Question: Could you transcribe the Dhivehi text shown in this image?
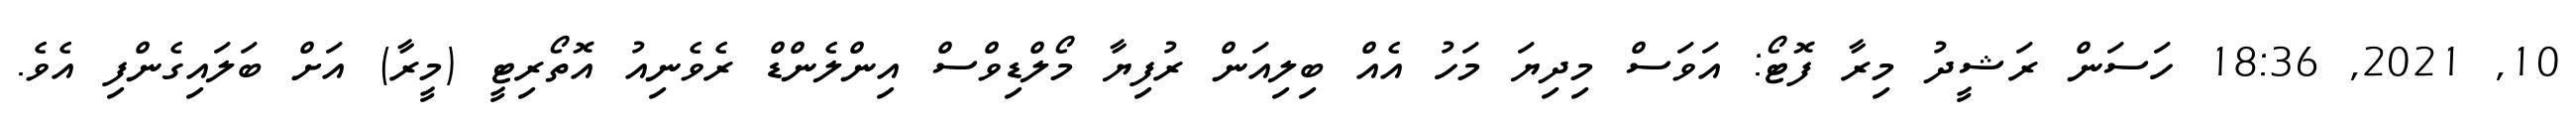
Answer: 10, 2021, 18:36 ހަސަން ރަޝީދު މިރާ ފޮޓޯ: އަވަސް މިދިޔަ މަހު އެއް ބިލިއަން ރުފިޔާ މޯލްޑިވްސް އިންލެންޑް ރެވެނިއު އޮތޯރިޓީ (މީރާ) އަށް ބަލައިގެންފި އެވެ.